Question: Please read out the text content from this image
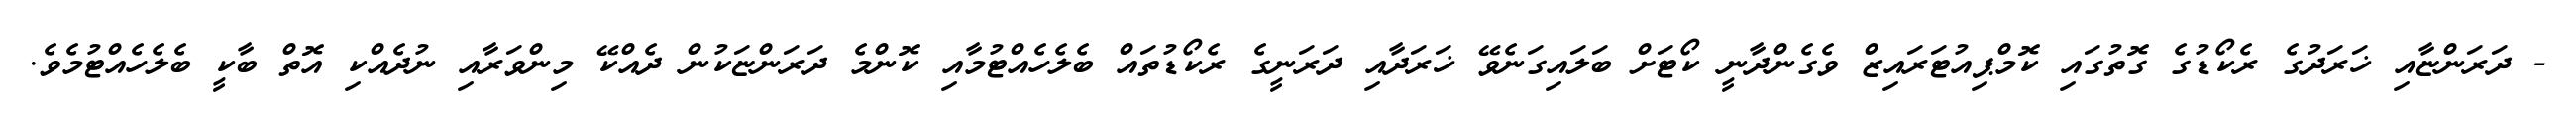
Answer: - ދަރަންޏާއި ޚަރަދުގެ ރެކޯޑުގެ ގޮތުގައި ކޮމްޕިއުޓަރައިޒް ވެގެންދާނީ ކޯޓަށް ބަލައިގަނެވޭ ޚަރަދާއި ދަރަނީގެ ރެކޯޑުތައް ބެލެހެއްޓުމާއި ކޮންމެ ދަރަންޏަކުން ދެއްކޭ މިންވަރާއި ނުދެއްކި އޮތް ބާކީ ބެލެހެއްޓުމެވެ.